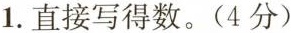
1.直接写得数。(4分)